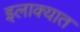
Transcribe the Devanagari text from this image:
इलाक्यात